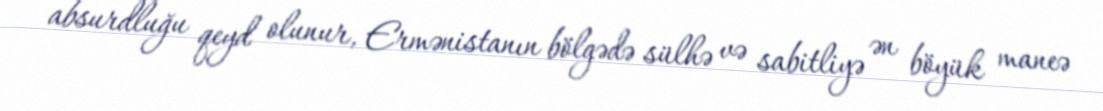
absurdluğu qeyd olunur, Ermənistanın bölgədə sülhə və sabitliyə ən böyük maneə